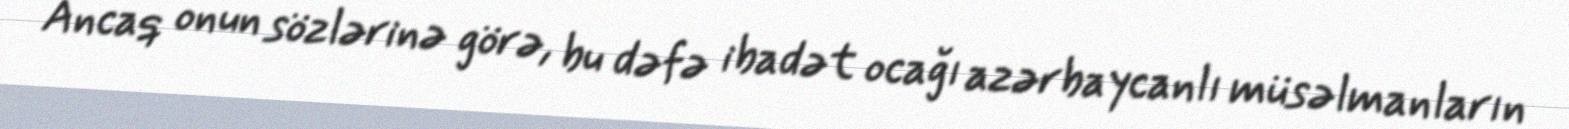
Ancaq onun sözlərinə görə, bu dəfə ibadət ocağı azərbaycanlı müsəlmanların